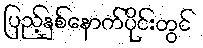
ပြည့်နှစ်နောက်ပိုင်းတွင်